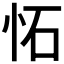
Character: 𫹺